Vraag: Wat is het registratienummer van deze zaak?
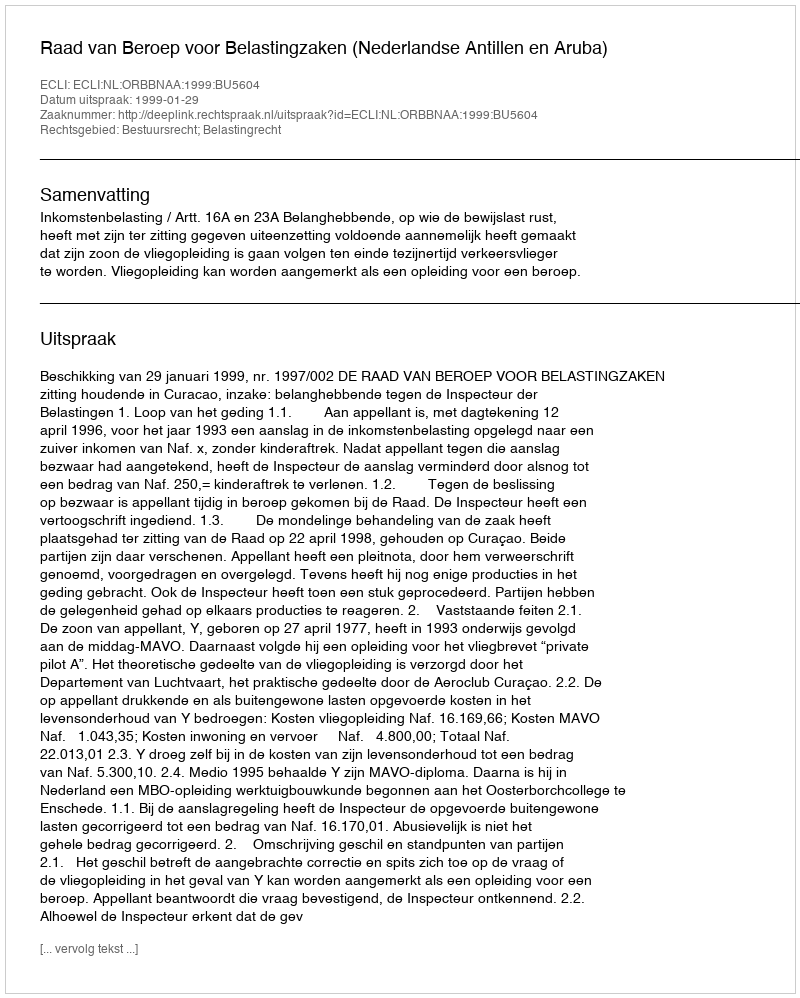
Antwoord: http://deeplink.rechtspraak.nl/uitspraak?id=ECLI:NL:ORBBNAA:1999:BU5604